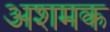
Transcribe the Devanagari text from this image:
अशमक